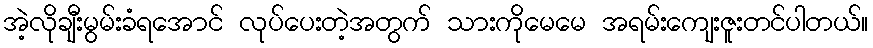
အဲ့လိုချီးမွမ်းခံရအောင် လုပ်ပေးတဲ့အတွက် သားကိုမေမေ အရမ်းကျေးဇူးတင်ပါတယ်။